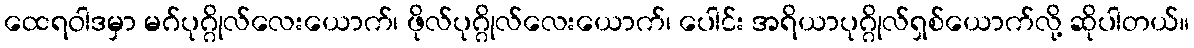
ထေရဝါဒမှာ မဂ်ပုဂ္ဂိုလ်လေးယောက်၊ ဖိုလ်ပုဂ္ဂိုလ်လေးယောက်၊ ပေါင်း အရိယာပုဂ္ဂိုလ်ရှစ်ယောက်လို့ ဆိုပါတယ်။